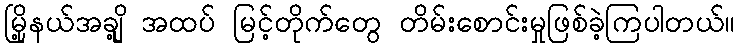
မြို့နယ်အချို့ အထပ် မြင့်တိုက်တွေ တိမ်းစောင်းမှုဖြစ်ခဲ့ကြပါတယ်။